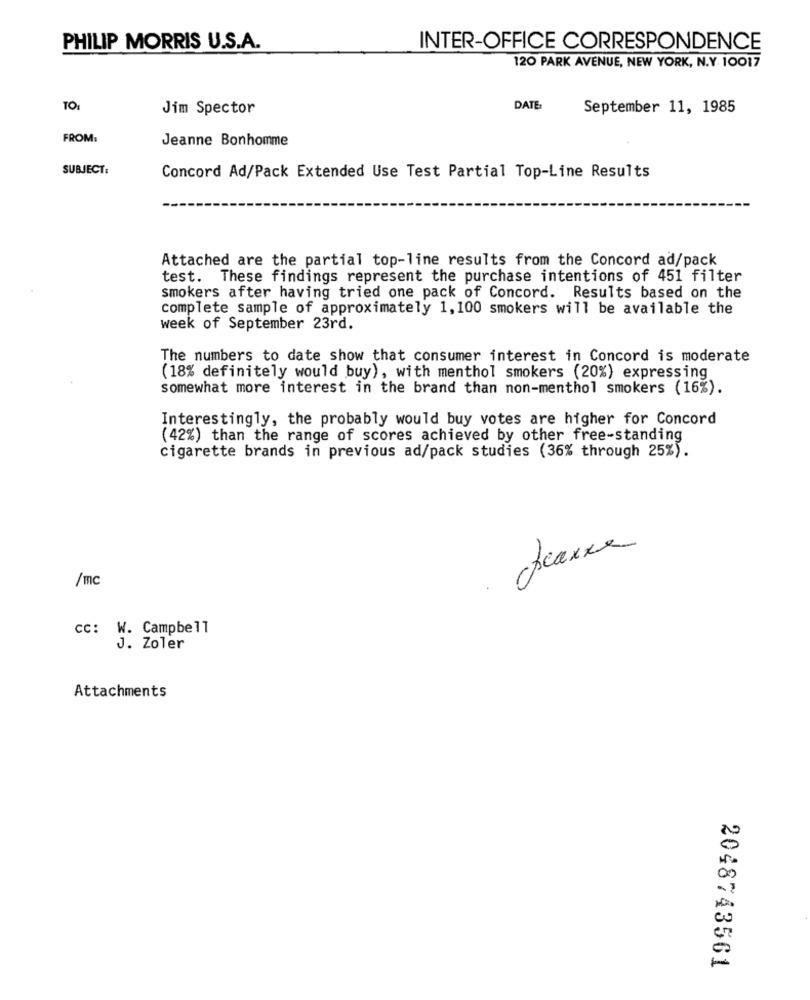
PHILIP MORRIS U.S.A.
INTER-OFFICE CORRESPONDENCE
120 PARK AVENUE, NEW YORK, N.Y. 10017
TO:
Jim Spector
DATE:
September 11, 1985
FROM:
Jeanne Bonhomme
SUBJECT:
Concord Ad/Pack Extended Use Test Partial Top-Line Results
Attached are the partial top-line results from the Concord ad/pack
test. These findings represent the purchase intentions of 451 filter
smokers after having tried one pack of Concord. Results based on the
complete sample of approximately 1,100 smokers will be available the
week of September 23rd.
The numbers to date show that consumer interest in Concord is moderate
(18% definitely would buy), with menthol smokers (20%) expressing
somewhat more interest in the brand than non-menthol smokers (16%).
Interestingly, the probably would buy votes are higher for Concord
(42%) than the range of scores achieved by other free-standing
cigarette brands in previous ad/pack studies (36% through 25%).
7
/mc
CC: W. Campbell
J. Zoler
Attachments
2048743561